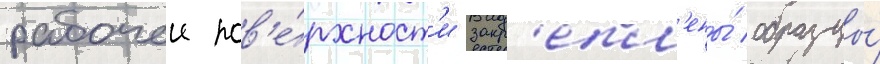
рабочеи пов'е́рхност'и закр'епл'ены́ образцы́